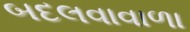
બદલવાવાળા